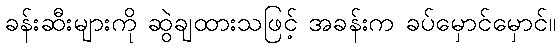
ခန်းဆီးများကို ဆွဲချထားသဖြင့် အခန်းက ခပ်မှောင်မှောင်။